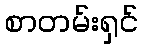
စာတမ်းရှင်